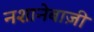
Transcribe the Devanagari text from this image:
नशानेबाज़ी